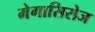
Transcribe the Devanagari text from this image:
मेगासिरोज